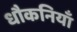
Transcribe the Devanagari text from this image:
धौकनियाँ